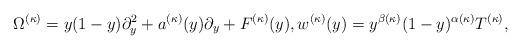
LaTeX: \begin{align*}\Omega^{(\kappa)}=y(1-y)\partial_y^2+a^{(\kappa)}(y)\partial_y+F^{(\kappa)}(y),w^{(\kappa)}(y)=y^{\beta(\kappa)}(1-y)^{\alpha(\kappa)}T^{(\kappa)},\end{align*}